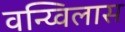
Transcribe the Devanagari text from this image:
वन्य्विलास